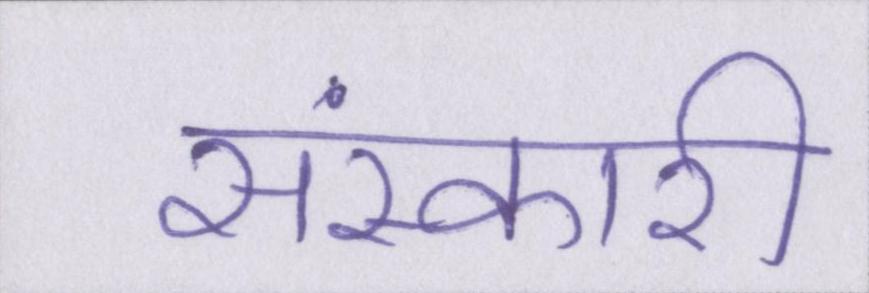
संस्कारी